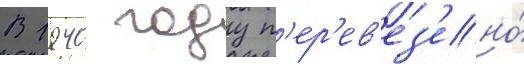
В 1940 году п'ер'ев'ез'ено́